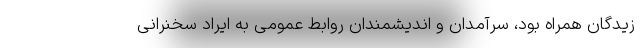
زیدگان همراه بود، سرآمدان و اندیشمندان روابط عمومی به ایراد سخنرانی